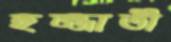
হুজ্জাতী